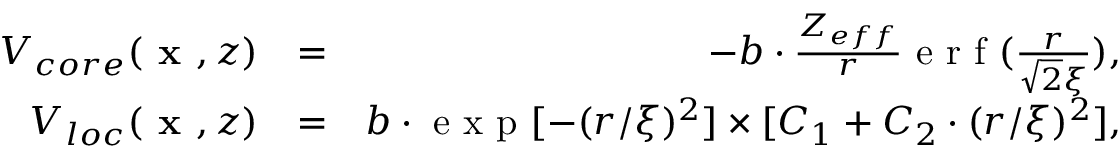
\begin{array} { r l r } { V _ { c o r e } ( \textbf { x } , z ) } & { = } & { - b \cdot \frac { Z _ { e f f } } { r } \textrm { e r f } ( \frac { r } { \sqrt { 2 } \xi } ) , } \\ { V _ { l o c } ( \textbf { x } , z ) } & { = } & { b \cdot \textrm { e x p } [ - ( r / \xi ) ^ { 2 } ] \times [ C _ { 1 } + C _ { 2 } \cdot ( r / \xi ) ^ { 2 } ] , } \end{array}